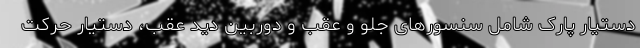
دستیار پارک شامل سنسورهای جلو و عقب و دوربین دید عقب، دستیار حرکت